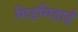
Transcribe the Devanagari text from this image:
गिड़गिड़ाई